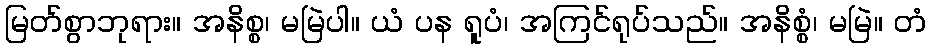
မြတ်စွာဘုရား။ အနိစ္စ၊ မမြဲပါ။ ယံ ပန ရူပံ၊ အကြင်ရုပ်သည်။ အနိစ္စံ၊ မမြဲ။ တံ